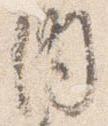
内